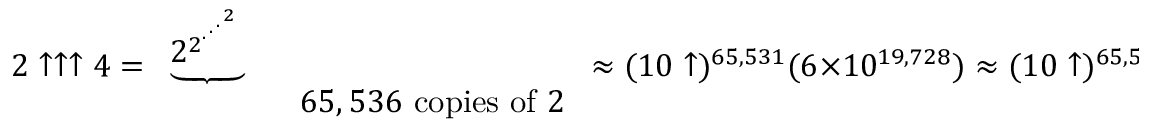
2 \uparrow \uparrow \uparrow 4 = { \begin{array} { l } { \underbrace { 2 _ { } ^ { 2 ^ { { } ^ { . \, ^ { . \, ^ { . \, ^ { 2 } } } } } } } } \\ { \qquad \quad \ \ \ 6 5 , 5 3 6 { \mathrm { ~ c o p i e s ~ o f ~ } } 2 } \end{array} } \approx ( 1 0 \uparrow ) ^ { 6 5 , 5 3 1 } ( 6 \times 1 0 ^ { 1 9 , 7 2 8 } ) \approx ( 1 0 \uparrow ) ^ { 6 5 , 5 3 3 } 4 . 3